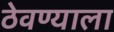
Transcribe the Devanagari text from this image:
ठेवण्याला